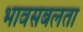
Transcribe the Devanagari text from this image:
भावसबलता